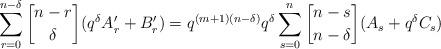
LaTeX: \begin{align*}\sum_{r=0}^{n-\delta}{n-r\brack \delta}(q^\delta A'_r+B'_r)=q^{(m+1)(n-\delta)}q^\delta\sum_{s=0}^n{n-s\brack n-\delta}(A_s+q^\delta C_s)\end{align*}